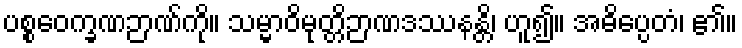
ပစ္စဝေက္ခဏဉာဏ်ကို။ သမ္မာဝိမုတ္တိဉာဏဒဿနန္တိ၊ ဟူ၍။ အဓိပ္ပေတံ၊ ၏။